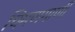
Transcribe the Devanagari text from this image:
चिमणगाणी